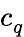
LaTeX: c_{q}^{\phantom{\dagger}}